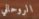
الروحاني